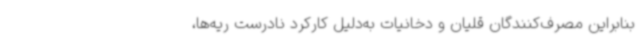
بنابراین مصرف‌کنندگان قلیان و دخانیات به‌دلیل کارکرد نادرست ریه‌ها،